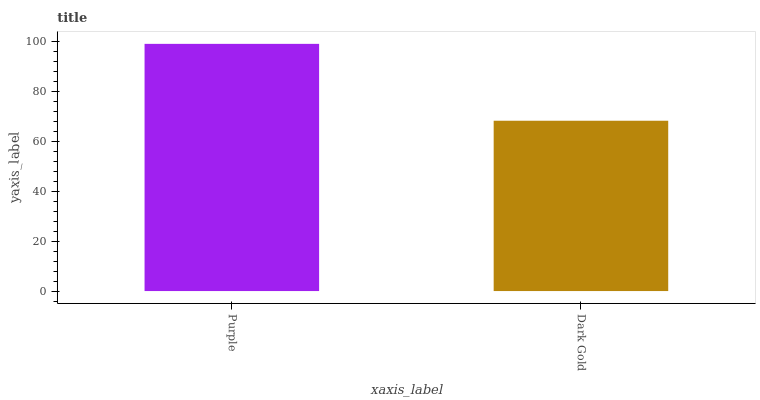
| xaxis_label | bars |
 | --- | --- |
 | Purple | 99 |
 | Dark Gold | 68.2 |